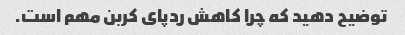
توضیح دهید که چرا کاهش ردپای کربن مهم است.